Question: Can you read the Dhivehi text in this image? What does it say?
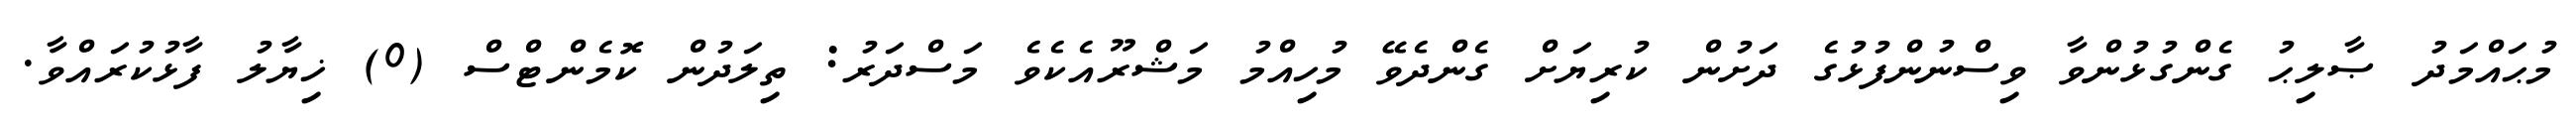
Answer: މުޙައްމަދު ޞާލިޙު ގެންގުޅުންވާ ވިސްނުންފުޅުގެ ދަށުން ކުރިޔަށް ގެންދެވޭ މުހިއްމު މަޝްރޫއެކެވެ މަސްދަރު: ތިލަދުން ކޮމެންޓްސް (0) ޚިޔާލު ފާޅުކުރައްވާ.